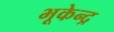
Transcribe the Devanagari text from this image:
भूकेन्द्र